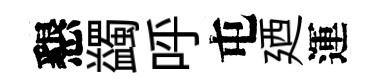
懇蠲呼屯廼運